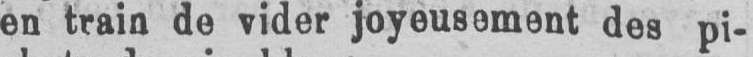
en train de vider joyeusement des pi-